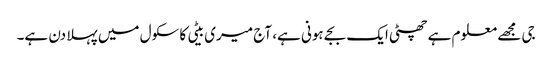
جی مجھے معلوم ہے چھٹی ایک بجے ہونی ہے، آج میری بیٹی کا سکول میں پہلا دن ہے۔